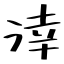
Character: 涬